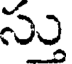
స్తు